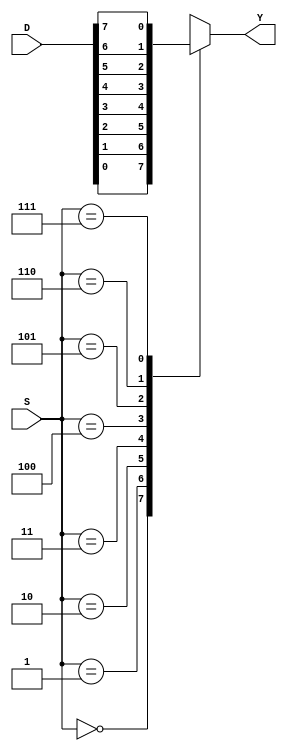
module mux8 ( S, D, Y );

input[2:0] S;
input[7:0] D;
output Y;

reg Y;
wire[2:0] S;
wire[7:0] D;

always @*
begin
   case( S )
       0 : Y = D[0];
       1 : Y = D[1];
       2 : Y = D[2];
       3 : Y = D[3];
`ifndef BUG
       4 : Y = D[4];
`else
       4 : Y = D[7];
`endif
       5 : Y = D[5];
       6 : Y = D[6];
       7 : Y = D[7];
   endcase
`ifdef NBUG
`elsif BUG
`endif
end

endmodule